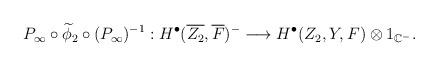
LaTeX: \begin{align*}\begin{aligned}P_{\infty}\circ\widetilde{\phi}_{2}\circ (P_{\infty})^{-1}:H^{\bullet}(\overline{Z_{2}}, \overline{F})^{-}\longrightarrow H^{\bullet}(Z_{2}, Y, F)\otimes 1_{\mathbb{C}^{-}}.\end{aligned}\end{align*}